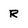
Character: R